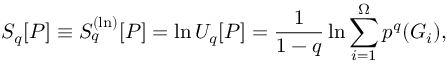
S _ { q } [ P ] \equiv S _ { q } ^ { ( \ln ) } [ P ] = \ln U _ { q } [ P ] = \frac { 1 } { 1 - q } \ln \sum _ { i = 1 } ^ { \Omega } p ^ { q } ( G _ { i } ) ,